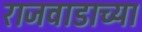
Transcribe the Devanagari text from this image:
राजवाडाच्या